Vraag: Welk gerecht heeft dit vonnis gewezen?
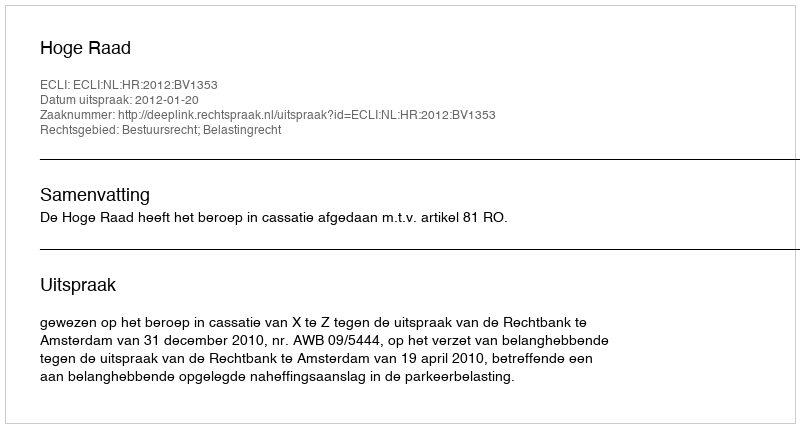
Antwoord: Hoge Raad